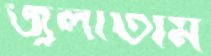
জ্বলাতাম